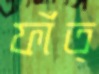
ফাঁত্